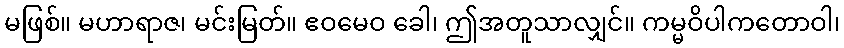
မဖြစ်။ မဟာရာဇ၊ မင်းမြတ်။ ဧဝမေဝ ခေါ၊ ဤအတူသာလျှင်။ ကမ္မဝိပါကတောဝါ၊